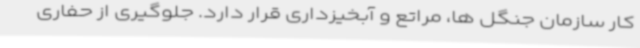
کار سازمان جنگل ها، مراتع و آبخیزداری قرار دارد. جلوگیری از حفاری